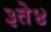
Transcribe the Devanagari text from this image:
३ते४